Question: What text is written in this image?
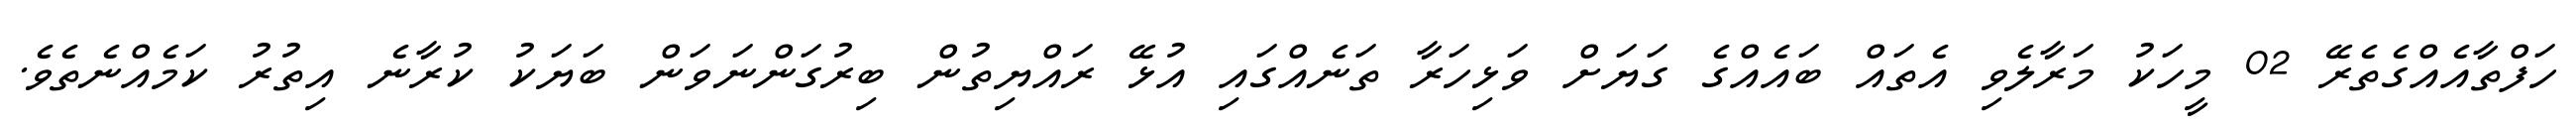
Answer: ހަފްތާއެއްގެތެރޭ 02 މީހަކު މަރާލެވި އެތައް ބައެއްގެ ގަޔަށް ވަޅިހަރާ ތަނެއްގައި އުޅޭ ރައްޔިތުން ބިރުގަންނަވަން ބަޔަކު ކުރާނެ އިތުރު ކަމެއްނެތެވެ.